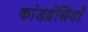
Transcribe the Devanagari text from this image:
कांडग्रंथियाँ